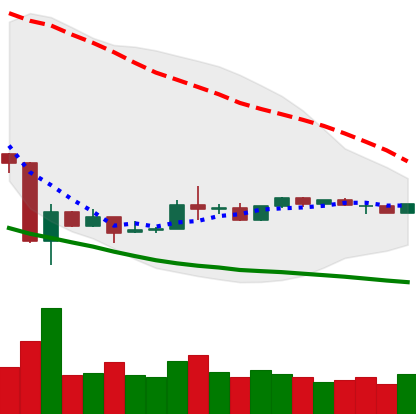
Ticker: LTC-USD
Chart end date: 2020-03-30
Forward return: 3.928%
Label: up_3_5